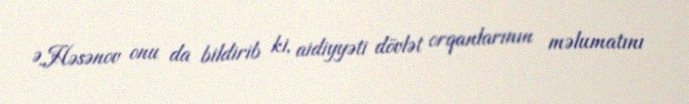
Ə.Həsənov onu da bildirib ki, aidiyyəti dövlət orqanlarının məlumatını